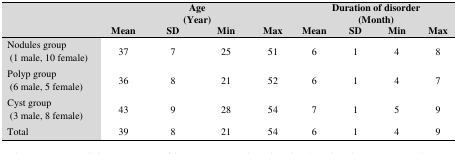
| <ROWSPAN=2>  | <COLSPAN=4> Age (Year) | <COLSPAN=4> Duration of disorder (Month) |
 | Mean | SD | Min | Max | Mean | SD | Min | Max |
 | --- | --- | --- | --- | --- | --- | --- | --- | --- |
 | Nodules group (1 male, 10 female) | 37 | 7 | 25 | 51 | 6 | 1 | 4 | 8 |
 | Polyp group (6 male, 5 female) | 36 | 8 | 21 | 52 | 6 | 1 | 4 | 7 |
 | Cyst group (3 male, 8 female) | 43 | 9 | 28 | 54 | 7 | 1 | 5 | 9 |
 | Total | 39 | 8 | 21 | 54 | 6 | 1 | 4 | 9 |